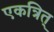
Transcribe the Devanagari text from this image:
एकत्रित्